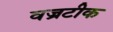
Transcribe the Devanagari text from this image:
वज्रटीक